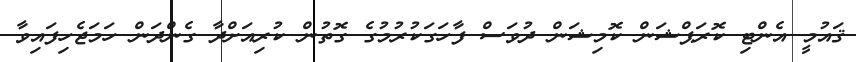
ޤައުމީ އެންޓި ކޮރަޕްޝަން ކޮމިޝަން ދުވަސް ފާހަގަކުރުމުގެ ގޮތުން ކުރިއަށްދާ ގެންދަން ހަމަޖެހިފައިވާ